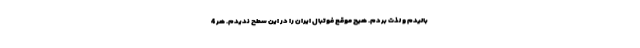
بالیدم و لذت بردم. هیچ موقع فوتبال ایران را در این سطح ندیدم. هر 4